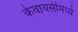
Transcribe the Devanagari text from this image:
केवायसीमध्ये